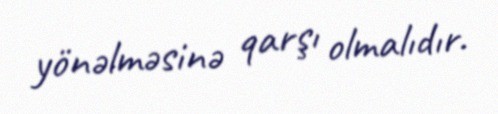
yönəlməsinə qarşı olmalıdır.